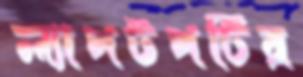
ল্যাপটপটির